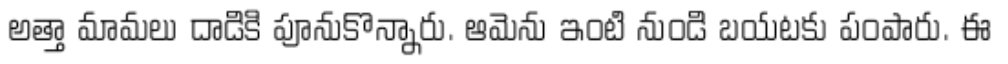
అత్తా మామలు దాడికి పూనుకొన్నారు. ఆమెను ఇంటి నుండి బయటకు పంపారు. ఈ